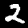
Label: 2